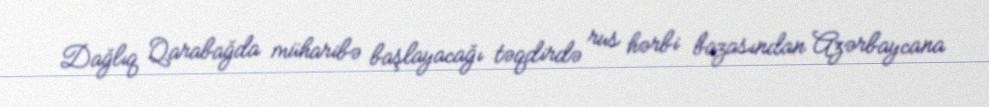
Dağlıq Qarabağda müharibə başlayacağı təqdirdə rus hərbi bazasından Azərbaycana